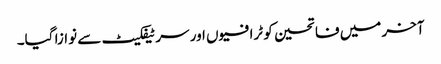
آخر میں فاتحین کو ٹرافیوں اور سرٹیفکیٹ سے نوازا گیا۔